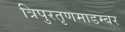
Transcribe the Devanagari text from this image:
त्रिपुरतृणमाडम्बर